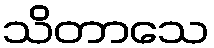
သိတာသေ